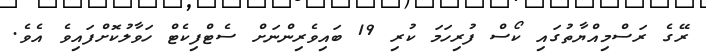
ރޭގެ ރަސްމިއްޔާތުގައި ކޯސް ފުރިހަމަ ކުރި 19 ބައިވެރިންނަށް ސެޓްފިކެޓް ހަވާލުކޮށްފައިވެ އެވެ.